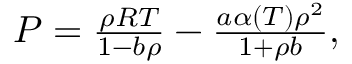
\begin{array} { r } { P = \frac { \rho R T } { 1 - b \rho } - \frac { a \alpha ( T ) \rho ^ { 2 } } { 1 + \rho b } , } \end{array}